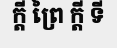
ក្តី ព្រៃ ក្តី ទី